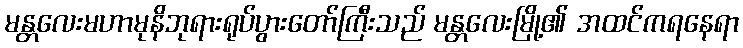
မန္တလေးမဟာမုနိဘုရားရုပ်ပွားတော်ကြီးသည် မန္တလေးမြို့၏ အထင်ကရနေရာ